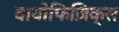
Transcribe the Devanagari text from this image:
वायोफिज़िक्स